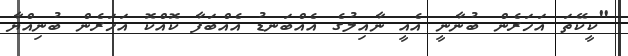
"ކީކޭތަ އަހަރެން ބުނާނީ އެއީ ނާއިލުގެ އެއްބަނޑު އެއްބަފާ ކޮއްކޮ އަހަރެން ބުނިއްޔާ